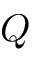
Q